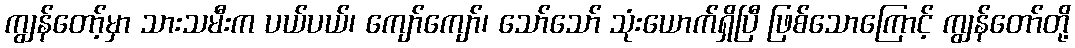
ကျွန်တော့်မှာ သားသမီးက ပယ်ပယ်၊ ကျော်ကျော်၊ သော်သော် သုံးယောက်ရှိပြီ ဖြစ်သောကြောင့် ကျွန်တော်တို့